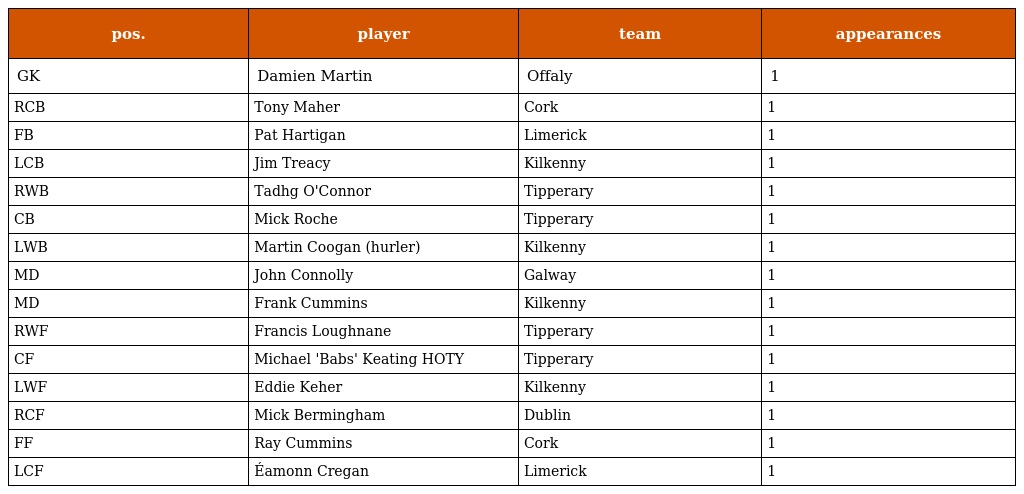
| pos. | player | team | appearances |
 | --- | --- | --- | --- |
 | GK | Damien Martin | Offaly | 1 |
 | RCB | Tony Maher | Cork | 1 |
 | FB | Pat Hartigan | Limerick | 1 |
 | LCB | Jim Treacy | Kilkenny | 1 |
 | RWB | Tadhg O'Connor | Tipperary | 1 |
 | CB | Mick Roche | Tipperary | 1 |
 | LWB | Martin Coogan (hurler) | Kilkenny | 1 |
 | MD | John Connolly | Galway | 1 |
 | MD | Frank Cummins | Kilkenny | 1 |
 | RWF | Francis Loughnane | Tipperary | 1 |
 | CF | Michael 'Babs' Keating HOTY | Tipperary | 1 |
 | LWF | Eddie Keher | Kilkenny | 1 |
 | RCF | Mick Bermingham | Dublin | 1 |
 | FF | Ray Cummins | Cork | 1 |
 | LCF | Éamonn Cregan | Limerick | 1 |